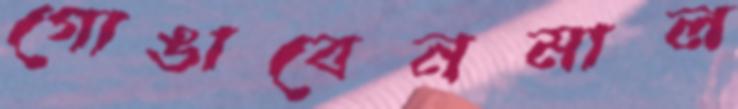
গোঙাবেনমাল